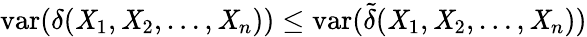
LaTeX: \operatorname{var}(\delta(\mathit{X}_{1},\mathit{X}_{2},\ldots,\mathit{X}_{n}))\leq\operatorname{var}({\tilde{{\delta}}}(\mathit{X}_{1},\mathit{X}_{2},\ldots,\mathit{X}_{n}))